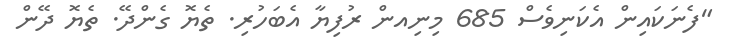
"ފެނަކައިން އެކަނިވެސް 685 މިނިއން ރުފިޔާ އެބަހުރި. ތެޔޮ ގެންދޭ. ތެޔޮ ދޭން